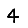
Digit: 4